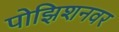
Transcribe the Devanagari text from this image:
पोझिशनवर